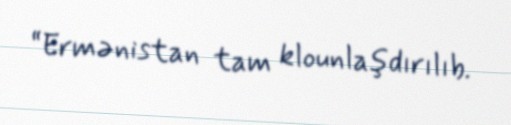
“Ermənistan tam klounlaşdırılıb.